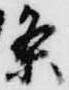
条